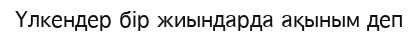
Үлкендер бір жиындарда ақыным деп